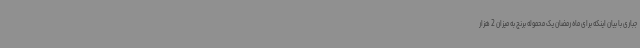
جباری با بیان اینکه برای ماه رمضان یک محموله برنج به میزان 2 هزار